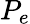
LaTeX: P_{e}